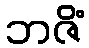
ဘဇိံ